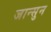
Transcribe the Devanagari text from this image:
जान्सुन